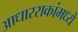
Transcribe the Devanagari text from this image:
आधारराकांमध्ये